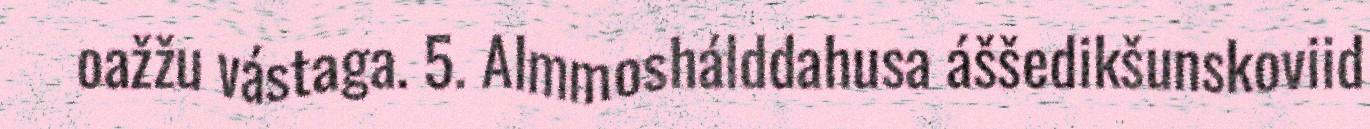
oažžu vástaga. 5. Almmoshálddahusa áššedikšunskoviid